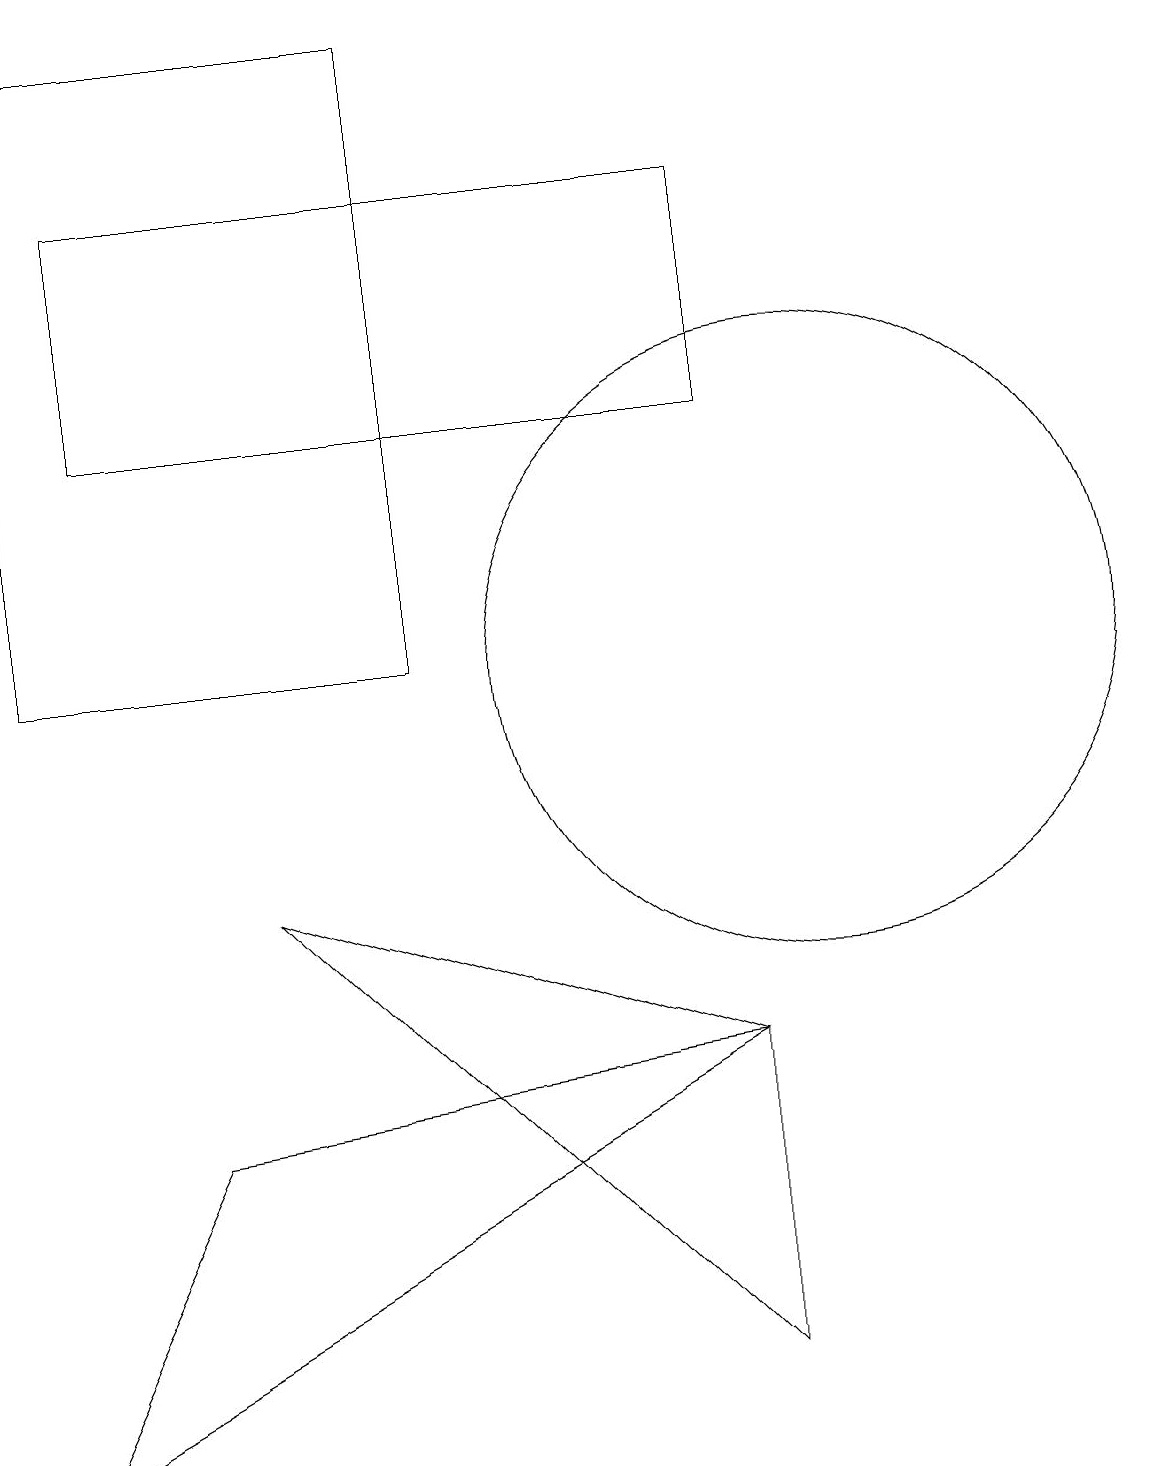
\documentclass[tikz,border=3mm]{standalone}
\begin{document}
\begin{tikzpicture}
\draw (9,13) rectangle (1,16);
\draw (0,10) rectangle (5,18);
\draw (9,1) -- (3,7) -- (9,5) -- cycle;
\draw (10,10) circle (4);
\draw (9,5) -- (0,0) -- (2,4) -- cycle;
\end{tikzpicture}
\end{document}